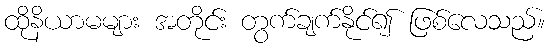
ထိုနိယာမများ အတိုင်း တွက်ချက်နိုင်၍ ဖြစ်လေသည်။